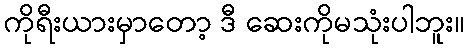
ကိုရီးယားမှာတော့ ဒီ ဆေးကိုမသုံးပါဘူး။